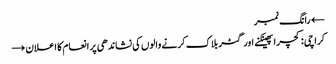
← رانگ نمبر
کراچی: کچرا پھینکنے اور گٹر بلاک کرنے والوں کی نشاندھی پر انعام کا اعلان →